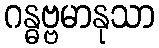
ဂန္ဓဗ္ဗမာနုသာ